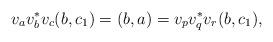
LaTeX: \begin{align*}v_av_b^*v_c(b, c_1) = (b,a) = v_pv_q^*v_r(b, c_1),\end{align*}